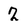
Character: 2